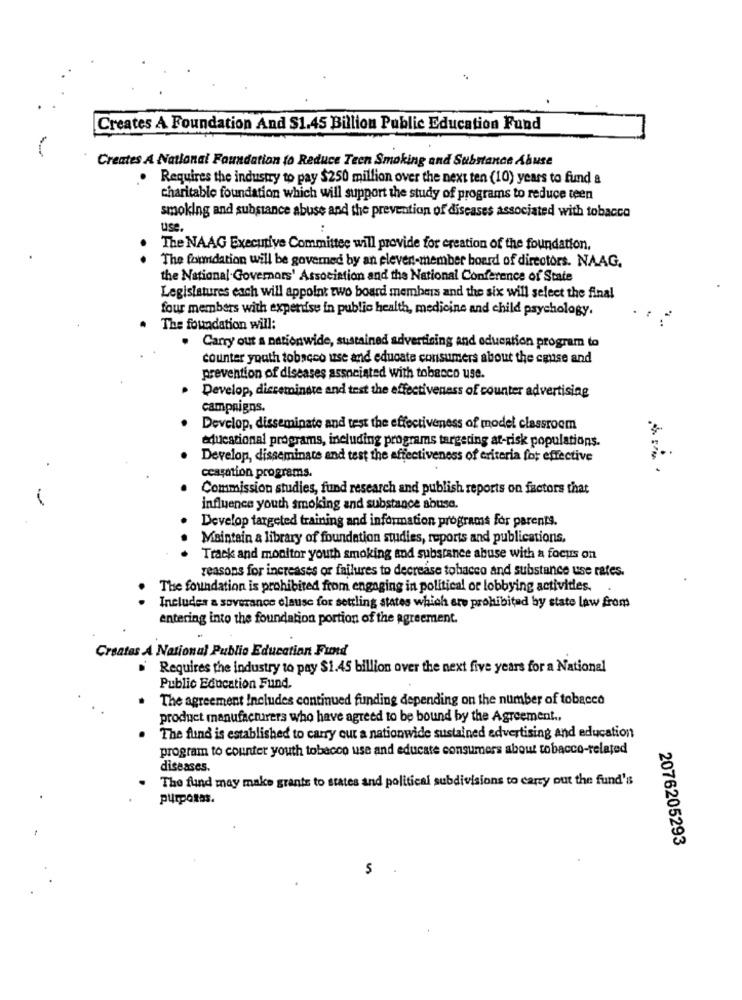
Creates A Foundation And $1.45 Billion Public Education Fund
Creates A National Foundation to Reduce Teen Smoking and Substance Abuse
. Requires the industry to pay $250 million over the next ten (10) years to fund a
charitable foundation which will support the study of programs to reduce teen
smoking and substance abuse and the prevention of diseases associated with tobacco
us
The NAAG Executive Committee will provide for creation of the foundation,
The foundation will be governed by an eleven-member board of directors. NAAG.
the National. Governors' Association and the National Conference of State
Legislatures each will appoint two board members and the six will select the final
four members with expertise in public health, medicine and child psychology.
The foundation will:
. Carry out a nationwide, sustained advertising and education program to
counter youth tobacco use and educate consumers about the cause and
prevention of diseases associated with tobacco use.
Develop, disseminate and test the effectiveness of counter advertising
campaigns.
Develop, disseminate and test the effectiveness of model classroom
educational programs, including programs targeting at-risk populations.
Develop, disseminate and test the effectiveness of criteria for effective
cessation programs.
Commission studies, fund research and publish reports on factors that
influence youth smoking and substance abuse.
Develop targeted training and information programs for parents.
Maintain & library of foundation studies, reports and publications,
Track and monitor youth smoking and substance abuse with a focus on
reasons for increases or failures to decrease tobacco and substance use rates.
The foundation is prohibited from engaging in political or lobbying activities.
.
Includes a soverance clause for settling states which are prohibited by state law from
entering into the foundation portion of the agreement.
Creates A National Publio Education Fund
Requires the industry to pay $1.45 billion over the next five years for a National
Public Education Fund.
The agreement Includes continued funding depending on the number of tobacco
product manufacturers who have agreed to be bound by the Agreement ..
The fund is established to carry out a nationwide sustained advertising and education
program to counter youth tobacco use and educate consumers about tobacco-related
diseases.
The fund may make grante to states and political subdivisions to carry out the fund's
purposes.
2076205293